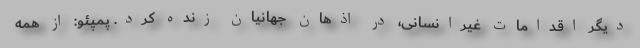
دیگر اقدامات غیرانسانی، در اذهان جهانیان زنده کرد. پمپئو: از همه